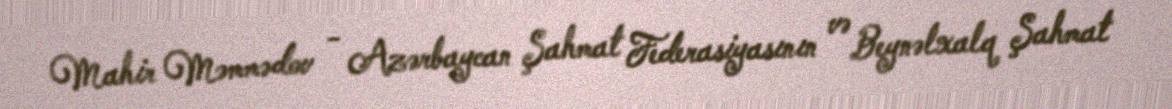
Mahir Məmmədov - Azərbaycan Şahmat Federasiyasının və Beynəlxalq Şahmat